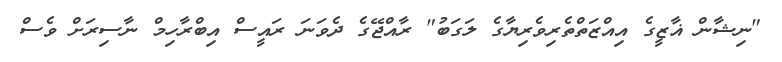
"ނިޝާން ޣާޒީގެ އިއްޒަތްތެރިވެރިޔާގެ ލަގަބު" ރާއްޖޭގެ ދެވަނަ ރައީސް އިބްރާހިމް ނާސިރަށް ވެސް